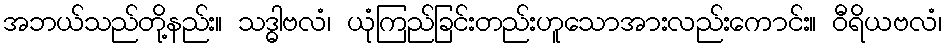
အဘယ်သည်တို့နည်း။ သဒ္ဓါဗလံ၊ ယုံကြည်ခြင်းတည်းဟူသောအားလည်းကောင်း။ ဝီရိယဗလံ၊